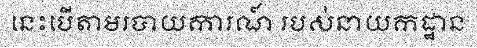
នេះបើតាមរបាយការណ៍ របស់នាយកដ្ឋាន